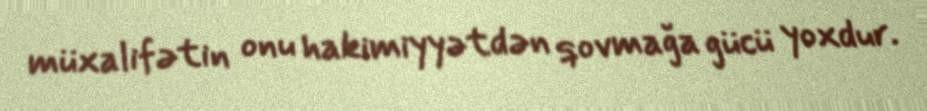
müxalifətin onu hakimiyyətdən qovmağa gücü yoxdur.